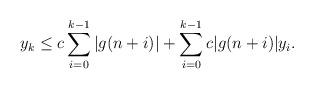
LaTeX: \begin{align*} y_k\leq c\sum_{i=0}^{k-1}|g(n+i)|+\sum_{i=0}^{k-1} c|g(n+i)|y_i.\end{align*}